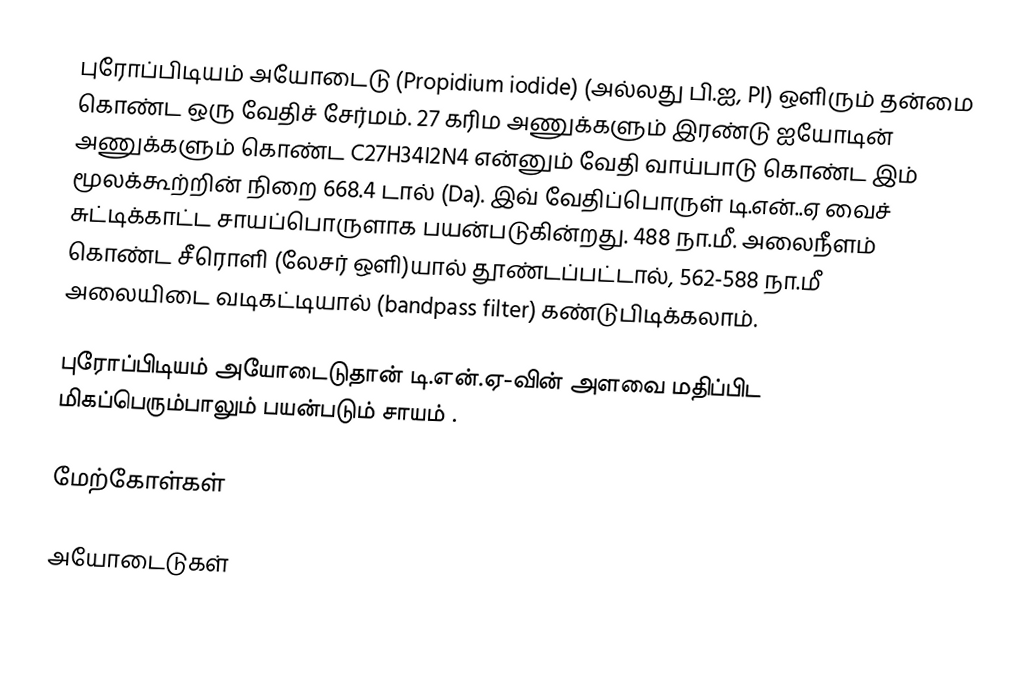
புரோப்பிடியம் அயோடைடு (Propidium iodide) (அல்லது பி.ஐ, PI) ஒளிரும் தன்மை கொண்ட ஒரு வேதிச் சேர்மம். 27 கரிம அணுக்களும் இரண்டு ஐயோடின் அணுக்களும் கொண்ட C27H34I2N4 என்னும் வேதி வாய்பாடு கொண்ட இம் மூலக்கூற்றின் நிறை 668.4 டால் (Da). இவ் வேதிப்பொருள் டி.என்..ஏ வைச் சுட்டிக்காட்ட சாயப்பொருளாக பயன்படுகின்றது. 488 நா.மீ. அலைநீளம் கொண்ட சீரொளி (லேசர் ஒளி)யால் தூண்டப்பட்டால், 562-588 நா.மீ அலையிடை வடிகட்டியால் (bandpass filter) கண்டுபிடிக்கலாம்.

புரோப்பிடியம் அயோடைடுதான் டி.என்.ஏ-வின் அளவை மதிப்பிட மிகப்பெரும்பாலும் பயன்படும் சாயம் .

மேற்கோள்கள்

அயோடைடுகள்